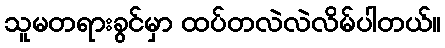
သူမတရားခွင်မှာ ထပ်တလဲလဲလိမ်ပါတယ်။